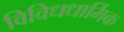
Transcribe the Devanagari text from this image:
विविधधार्मिक